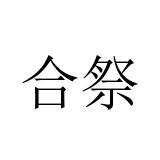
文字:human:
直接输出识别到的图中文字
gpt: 合祭